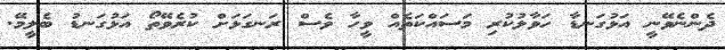
ދެންނެވޭނީ އަޅުގަނޑާ ހަވާލުކުރި މަސައްކަތެއް ވީހާ ވެސް ރަނގަޅަށް ކުރެވޭތޯ އަޅުގަނޑު ބެލީމޭ.